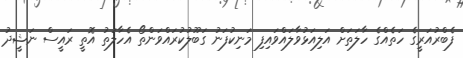
ފެބްރުއަރީގެ ހަތެއްގެ ހާލަތަށް އަލިއަޅުވާލައްވައިފި މަނިކުފަނު ގަބޫލުކުރައްވަންތޯ އެހާލަތު އޮތީ ރައީސް ނަޝީދު